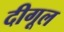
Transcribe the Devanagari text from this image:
दीगूल